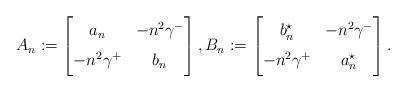
LaTeX: \begin{align*}A_n:=\begin{bmatrix}a_n & -n^2\gamma^- \vphantom{\Big(}\\-n^2\gamma^+ & b_n \vphantom{\Big(}\end{bmatrix}, B_n:=\begin{bmatrix}b_n^\star &-n^2\gamma^- \vphantom{\Big(}\\ -n^2\gamma^+ & a_n^\star \vphantom{\Big(}\end{bmatrix}.\end{align*}